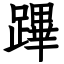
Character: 蹕